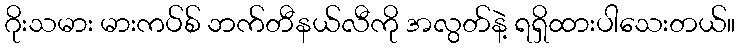
ဂိုးသမား မားကပ်စ် ဘက်တီနယ်လီကို အလွတ်နဲ့ ရရှိထားပါသေးတယ်။